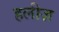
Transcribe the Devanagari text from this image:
हलीज़